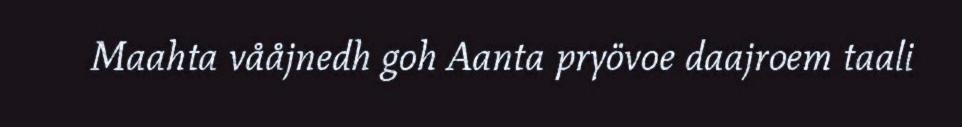
Maahta vååjnedh goh Aanta pryövoe daajroem taali